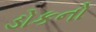
ડોકનો